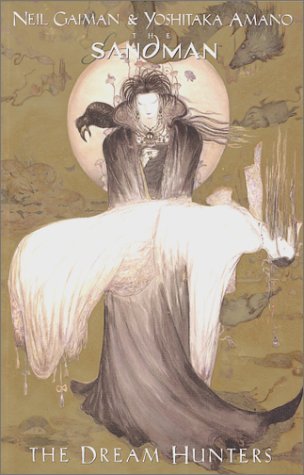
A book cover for The Sandman: The Dream Hunters; Neil Gaiman; Comics & Graphic Novels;